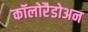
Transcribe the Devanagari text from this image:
कॉलोरैडोअन